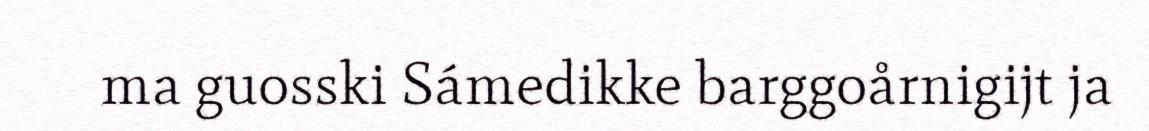
ma guosski Sámedikke barggoårnigijt ja